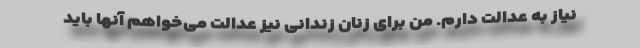
نیاز به عدالت دارم. من برای زنان زندانی نیز عدالت می‌خواهم آنها باید